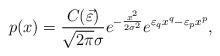
LaTeX: \begin{align*}p(x)=\frac{C(\vec{\varepsilon})}{\sqrt{2 \pi} \sigma} e^{-\frac{x^{2}}{2 \sigma^{2}}} e^{\varepsilon_{q} x^{q}-\varepsilon_{p} x^{p}}, \end{align*}